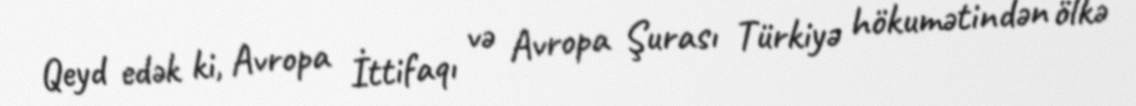
Qeyd edək ki, Avropa İttifaqı və Avropa Şurası Türkiyə hökumətindən ölkə